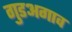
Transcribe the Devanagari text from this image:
गुडअगाव